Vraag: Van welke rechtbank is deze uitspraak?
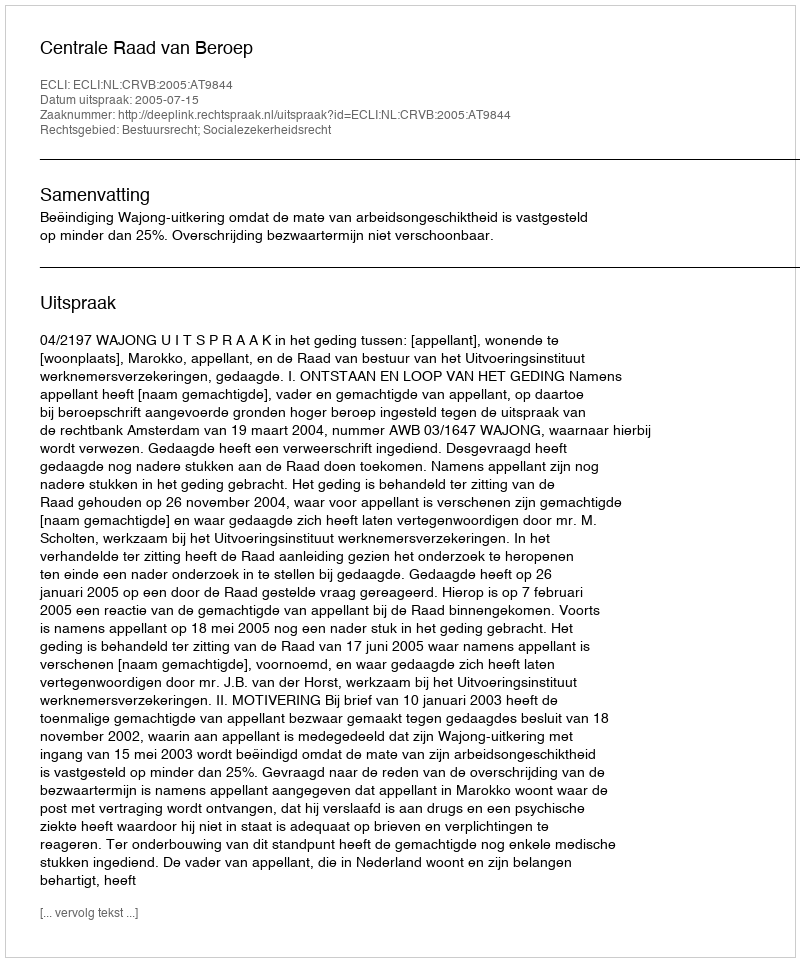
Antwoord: Centrale Raad van Beroep